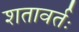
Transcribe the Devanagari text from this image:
शतावर्तः